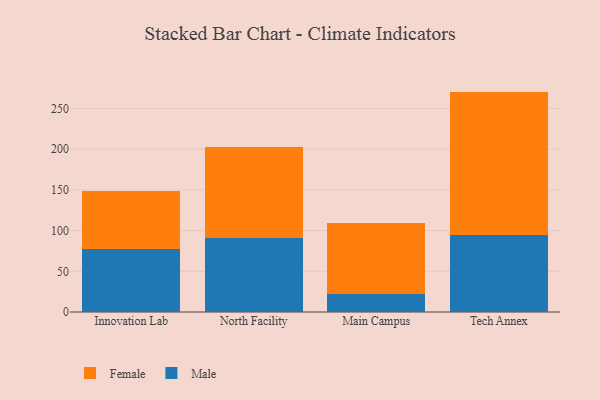
{"axis": {"x": "Campus", "y": "Active Users"}, "legend": ["Female", "Male"], "data": [{"x": "Innovation Lab", "y": 77.3, "type": "Male"}, {"x": "Innovation Lab", "y": 71.5, "type": "Female"}, {"x": "North Facility", "y": 91.4, "type": "Male"}, {"x": "North Facility", "y": 110.9, "type": "Female"}, {"x": "Main Campus", "y": 22.7, "type": "Male"}, {"x": "Main Campus", "y": 86.6, "type": "Female"}, {"x": "Tech Annex", "y": 95.0, "type": "Male"}, {"x": "Tech Annex", "y": 175.9, "type": "Female"}]}